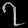
Digit: ၇